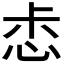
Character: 𢙤